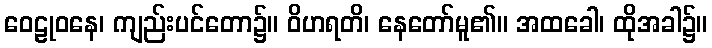
ဝေဠုဝနေ၊ ကျည်းပင်တော၌။ ဝိဟရတိ၊ နေတော်မူ၏။ အထခေါ၊ ထိုအခါ၌။